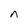
Character: n